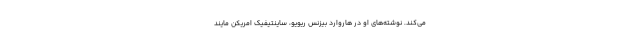
می‌کند. نوشته‌های او در هاروارد بیزنس ریویو، ساینتیفیک امریکن مایند